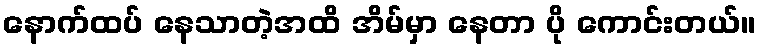
နောက်ထပ် နေသာတဲ့အထိ အိမ်မှာ နေတာ ပို ကောင်းတယ်။